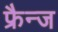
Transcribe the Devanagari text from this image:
फ्रैन्ज